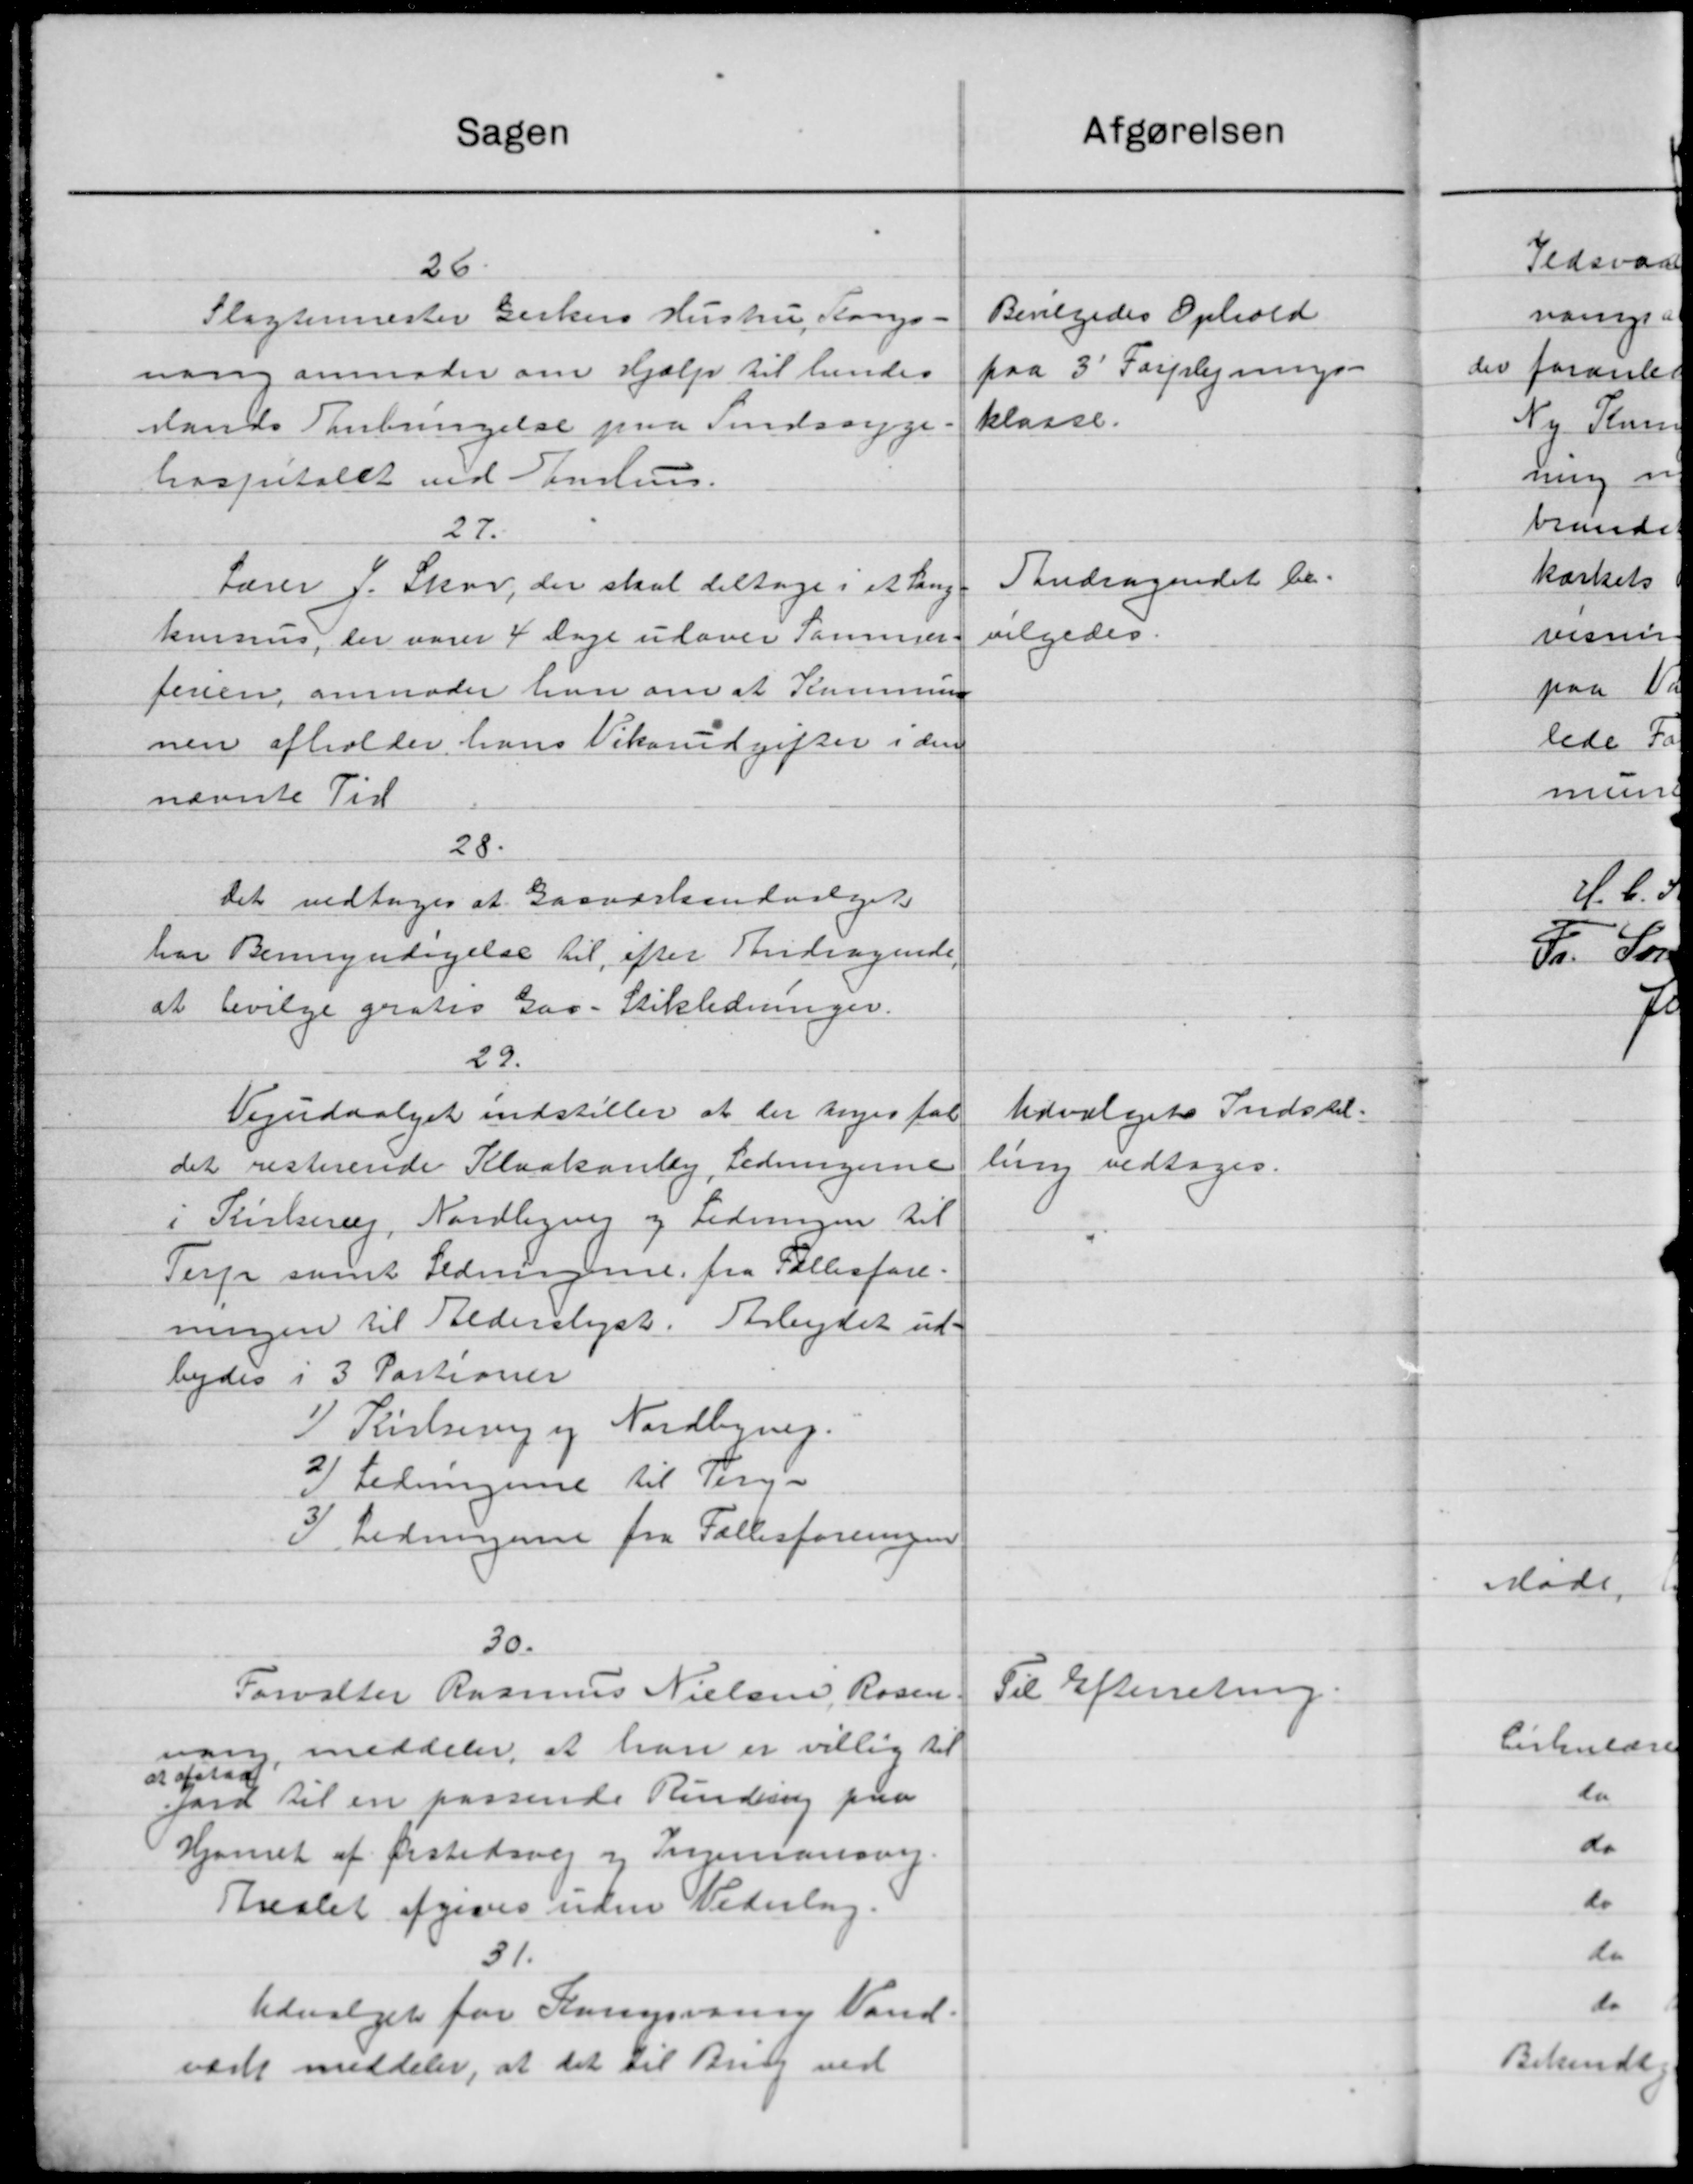
Transskription:
Sagen
26
Slagtermester Girkers Hustru, Kongs-
nang anmoder om Hjælp til hendes
slands Anbringelse paa Sindssyge
hospitalet ved Samling.
27.
Lærer J. Skov, der skal deltage i et Lang
kursens, der varer 4 Dage udover Sammer-
tenen, anmoder han om at Kommune
nen afholder hans Vikarudgifter i den
nævnte Tid
28.
Det vedtoges at Gasværksudvalget
har Bemyndigelse til efter Andragende
at bevilge gratio Gav- Stikledninger.
29.
Vejudvalget indstiller at der tages fal
det resterende Kloakanly, Ledningerne
i Kirkerer, Nordligen og Ledningen til
Terp samt Ledningerne fra Fællesfore-
ningen til Alderslyst. Arbejdet ud-
bydes i 3 Partioner
I) Kirkevej og Nordbyneg.
2
i Ledningene til Terg-
I Ledningerne fra Fællesforeningen
30.
Forvalter Rasmus Nielsen, Rosen.
vang, meddeler, at han er villig til
at afstaa
jord til en kassende Rindring paa
Hjørnet af Ørstedsvej og Ingemansvej.
Arealet afgives uden Vederlag.
31.
Udvalget for Korsvaring Vand-
værk meddeler, at det til Brug ved